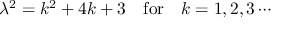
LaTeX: \lambda ^ { 2 } = k ^ { 2 } + 4 k + 3 \quad \mathrm { f o r } \quad k = 1 , 2 , 3 \cdots